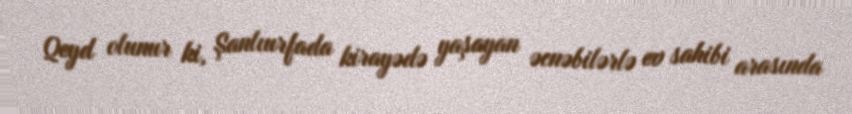
Qeyd olunur ki, Şanlıurfada kirayədə yaşayan əcnəbilərlə ev sahibi arasında